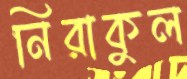
নিরাকুল